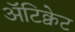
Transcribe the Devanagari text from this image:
अॅटिक्वेट